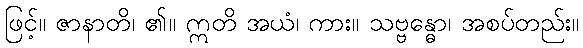
ဖြင့်။ ဇာနာတိ၊ ၏။ ဣတိ အယံ၊ ကား။ သဗ္ဗန္ဓော၊ အစပ်တည်း။